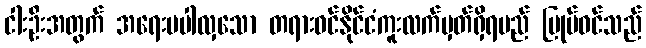
ငါးဦးအတွက် အရေးမပါလှသော တရားဝင်နိုင်ငံကူးလက်မှတ်ရှိရမည် မြုပ်ဝင်သည်